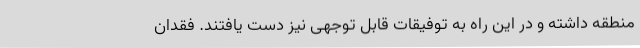
منطقه داشته و در این راه به توفیقات قابل توجهی نیز دست یافتند. فقدان